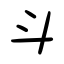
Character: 斗